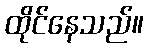
ထိုင်နေသည်။